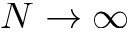
N \rightarrow \infty